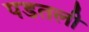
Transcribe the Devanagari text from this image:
पडतली